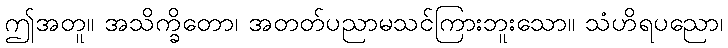
ဤအတူ။ အသိက္ခိတော၊ အတတ်ပညာမသင်ကြားဘူးသော။ သံဟိရပညော၊